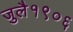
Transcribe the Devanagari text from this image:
जुलै१९०६